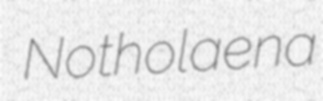
Notholaena